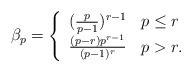
LaTeX: \begin{align*} \beta_p = \left\{ \begin{array}{ll} (\frac{p}{p-1})^{r-1} & p \leq r \\ \frac{(p-r)p^{r-1}}{(p-1)^r} & p > r.\end{array} \right. \end{align*}